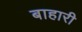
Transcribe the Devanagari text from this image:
बाहारी